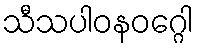
သီသပါဝနဝဂ္ဂေါ